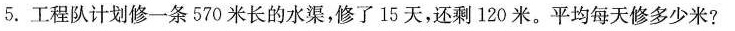
5.工程队计划修一条570米长的水渠，修了15天，还剩120米。平均每天修多少米?